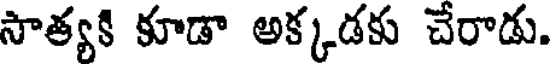
సాత్యకి కూడా అక్కడకు చేరాడు.